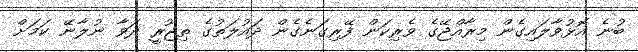
ބުނެ އޮޅުވާލައިގެން މިރާއްޖޭގެ ވެރިކަން ފޭރިގަނެގެން ދައުލަތުގެ ތިޖޫރީ ދަވާ ނުލާނޭ ކަމަށް